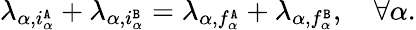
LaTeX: \lambda_{\alpha,i_{\alpha}^{\tt A}}+\lambda_{\alpha,i_{\alpha}^{\tt B}}=\lambda_{\alpha,f_{\alpha}^{\tt A}}+\lambda_{\alpha,f_{\alpha}^{\tt B}},\quad\forall\alpha.